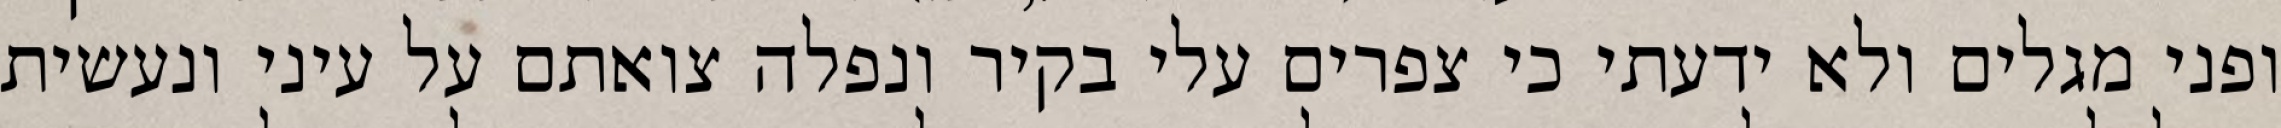
ופני מגלים ולא ידעתי כי צפרים עלי בקיר‏ ונפלה צואתם על עיני ונעשית